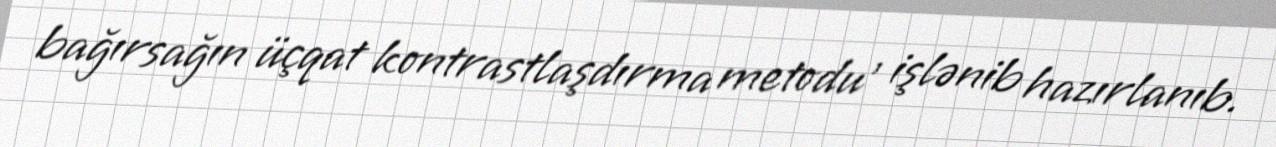
bağırsağın üçqat kontrastlaşdırma metodu' işlənib hazırlanıb.